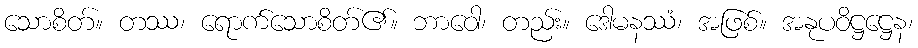
သောစိတ်။ တဿ၊ ရောက်သောစိတ်၏။ ဘာဝေါ၊ တည်း။ ဒေါမနဿံ၊ အဖြစ်။ အနုပဝိဋ္ဌဋ္ဌေန၊